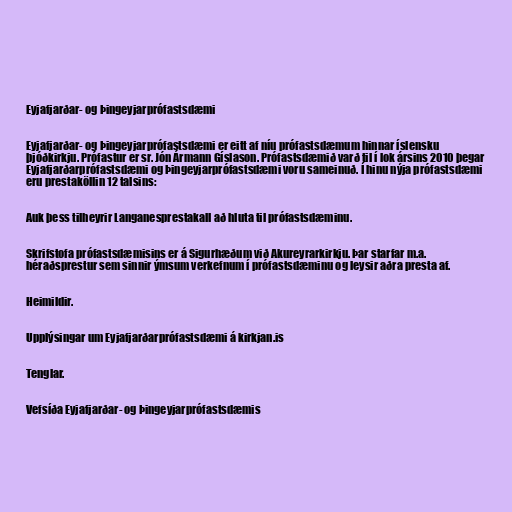
Eyjafjarðar- og Þingeyjarprófastsdæmi

Eyjafjarðar- og Þingeyjarprófastsdæmi er eitt af níu prófastsdæmum hinnar íslensku
þjóðkirkju. Prófastur er sr. Jón Ármann Gíslason. Prófastsdæmið varð til í lok ársins 2010 þegar
Eyjafjarðarprófastsdæmi og Þingeyjarprófastsdæmi voru sameinuð. Í hinu nýja prófastsdæmi
eru prestaköllin 12 talsins:

Auk þess tilheyrir Langanesprestakall að hluta til prófastsdæminu.

Skrifstofa prófastsdæmisins er á Sigurhæðum við Akureyrarkirkju. Þar starfar m.a.
héraðsprestur sem sinnir ýmsum verkefnum í prófastsdæminu og leysir aðra presta af.

Heimildir.

Upplýsingar um Eyjafjarðarprófastsdæmi á kirkjan.is

Tenglar.

Vefsíða Eyjafjarðar- og Þingeyjarprófastsdæmis